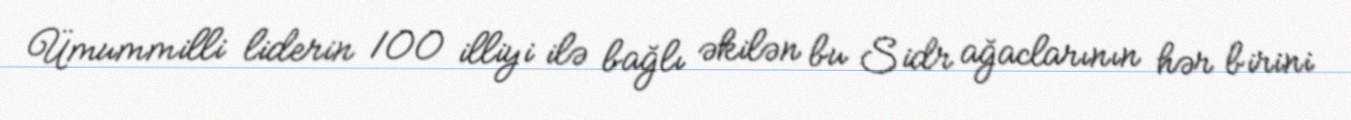
Ümummilli liderin 100 illiyi ilə bağlı əkilən bu Sidr ağaclarının hər birini